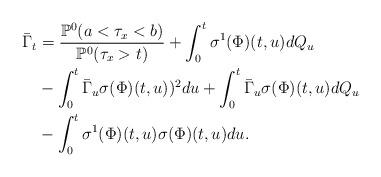
LaTeX: \begin{align*} \bar{\Gamma}_t & = \frac{\mathbb{P}^{0}(a<\tau_{x}<b)} {\mathbb{P}^{0}(\tau_{x}>t)} + \int_{0}^{t} \sigma^{1} (\Phi)(t,u) dQ_{u}\\ &-\int_{0}^{t} \bar{\Gamma}_u \sigma(\Phi)(t,u))^{2}du +\int_{0}^{t} \bar{\Gamma}_u\sigma(\Phi)(t,u)dQ_u \\ &-\int_{0}^{t} \sigma^{1}(\Phi)(t,u) \sigma(\Phi)(t,u) du . \end{align*}